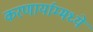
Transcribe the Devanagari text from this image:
करणार्याम्मध्ये